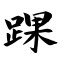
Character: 踝